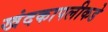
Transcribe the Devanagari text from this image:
खंदकापलीकडे